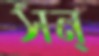
সন্